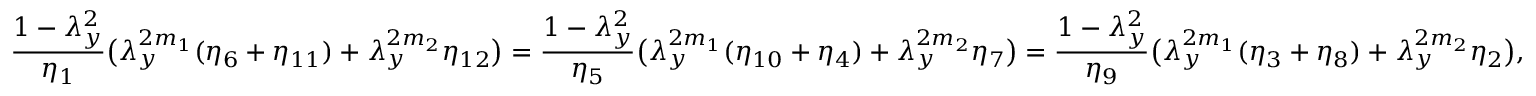
\frac { 1 - \lambda _ { y } ^ { 2 } } { \eta _ { 1 } } \big ( \lambda _ { y } ^ { 2 m _ { 1 } } ( \eta _ { 6 } + \eta _ { 1 1 } ) + \lambda _ { y } ^ { 2 m _ { 2 } } \eta _ { 1 2 } \big ) = \frac { 1 - \lambda _ { y } ^ { 2 } } { \eta _ { 5 } } \big ( \lambda _ { y } ^ { 2 m _ { 1 } } ( \eta _ { 1 0 } + \eta _ { 4 } ) + \lambda _ { y } ^ { 2 m _ { 2 } } \eta _ { 7 } \big ) = \frac { 1 - \lambda _ { y } ^ { 2 } } { \eta _ { 9 } } \big ( \lambda _ { y } ^ { 2 m _ { 1 } } ( \eta _ { 3 } + \eta _ { 8 } ) + \lambda _ { y } ^ { 2 m _ { 2 } } \eta _ { 2 } \big ) ,